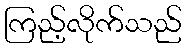
ကြည့်လိုက်သည်